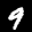
Label: 9